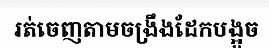
រត់ចេញតាមចង្រឹងដែកបង្អួច